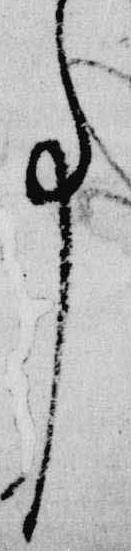
事